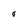
Character: 0